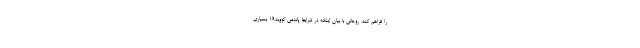
را فراهم کند. روحانی با بیان اینکه در شرایط پاندمی کووید19 بسیاری